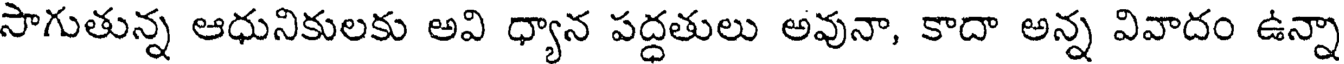
సాగుతున్న ఆధునికులకు అవి ధ్యాన పద్ధతులు అవునా, కాదా అన్న వివాదం ఉన్నా